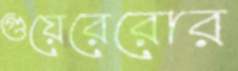
গুয়েরেরোর